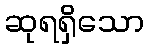
ဆုရရှိသော